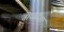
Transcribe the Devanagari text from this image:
तोक्योचा